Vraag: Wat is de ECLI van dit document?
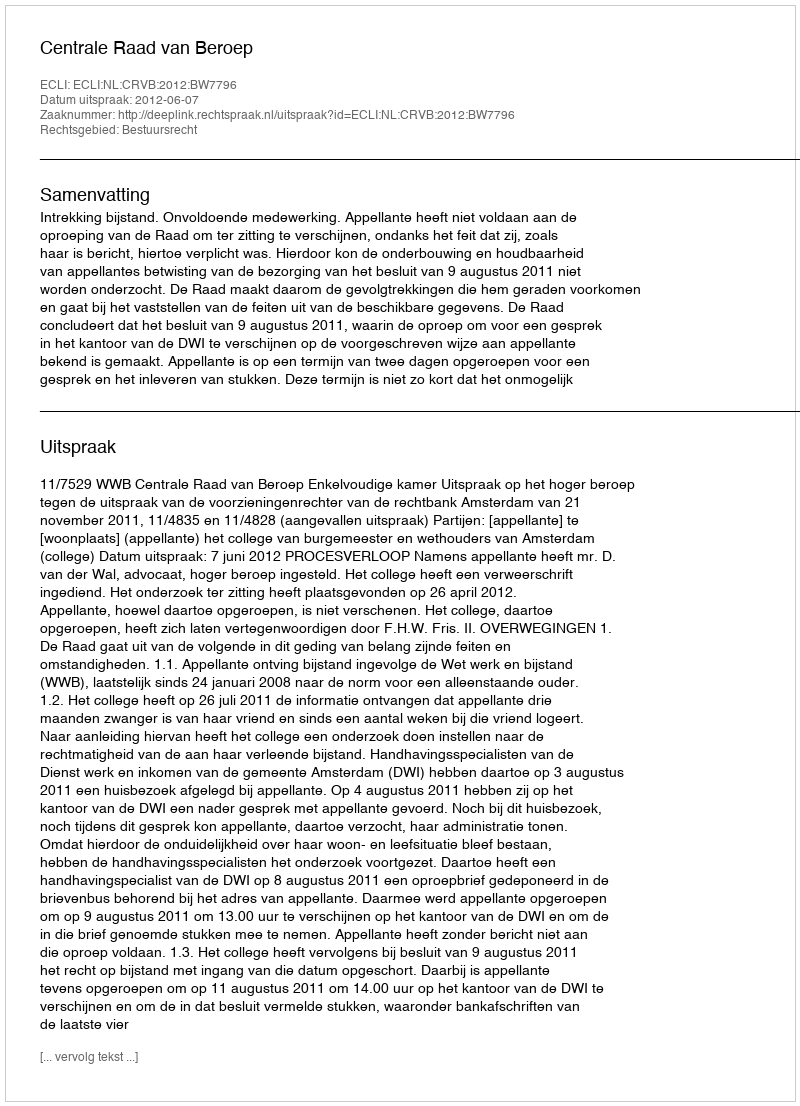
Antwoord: ECLI:NL:CRVB:2012:BW7796